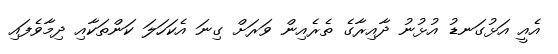
އެއީ އަޅުގަނޑު އުޅުނު ދާއިރާގެ ތެރެއިން ވަރަށް ގިނަ އެކަހަލަ ކަންތަކާއި ދިމާވެފައި